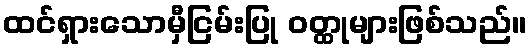
ထင်ရှားသောမှီငြမ်းပြု ဝတ္ထုများဖြစ်သည်။